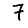
Digit: 7